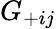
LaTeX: G_{+ij}